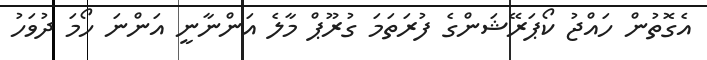
އެގޮތުން ހައްޖު ކޯޕަރޭޝަންގެ ފުރަތަމަ ގުރޫޕް މާލެ އަންނާނީ އަންނަ ހޯމަ ދުވަހު